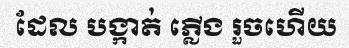
ដែល បង្កាត់ ភ្លើង រួចហើយ